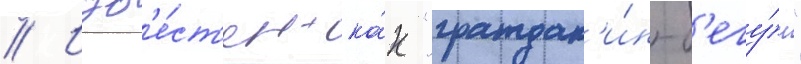
// Изв'е́ст'ен ка́к "граждан'и́н-б'егу́н"